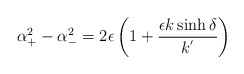
\begin{align*}\alpha_{+}^{2}-\alpha_{-}^2=2\epsilon\left(1+\frac{\epsilon k\sinh\delta}{k^{'}}\right)\end{align*}